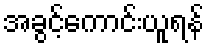
အခွင့်ကောင်းယူရန်